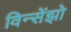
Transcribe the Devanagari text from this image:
विन्सेंझो